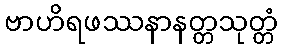
ဗာဟိရဖဿနာနတ္တသုတ္တံ